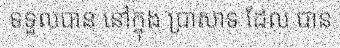
ទទួលបាន នៅក្នុង ប្រាសាទ ដែល បាន